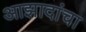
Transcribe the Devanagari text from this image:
आझादांचा